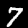
Digit: 7